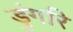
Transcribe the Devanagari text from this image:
डुंगरि